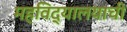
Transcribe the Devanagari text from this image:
महविद्यालयाची